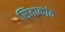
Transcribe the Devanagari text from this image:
सिताकांत